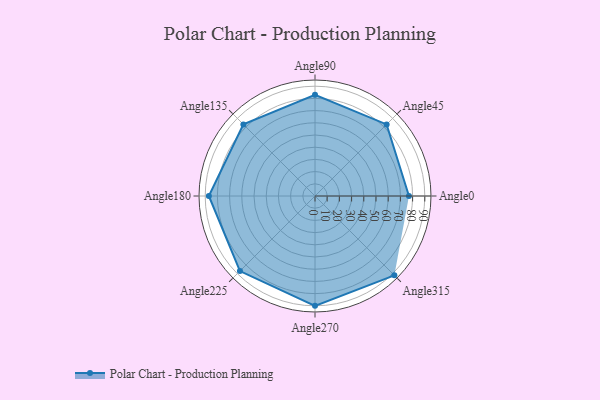
{"axis": {"x": "Angle", "y": "Radius"}, "legend": [""], "data": [{"x": "Angle0", "y": 77.0, "type": ""}, {"x": "Angle45", "y": 83.0, "type": ""}, {"x": "Angle90", "y": 83.0, "type": ""}, {"x": "Angle135", "y": 83.0, "type": ""}, {"x": "Angle180", "y": 87.0, "type": ""}, {"x": "Angle225", "y": 87.0, "type": ""}, {"x": "Angle270", "y": 90.0, "type": ""}, {"x": "Angle315", "y": 92.0, "type": ""}]}